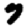
Digit: 7